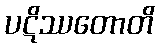
ပဋိဿတောတိ